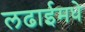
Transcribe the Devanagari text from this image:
लढाईमधे